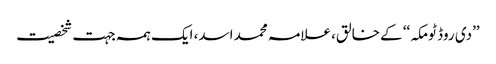
’’دی روڈ ٹومکہ‘‘ کے خالق، علامہ محمد اسد، ایک ہمہ جہت شخصیت